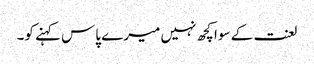
لعنت کے سوا کچھ نہیں میرے پاس کہنے کو۔